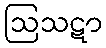
ဩသဋာ